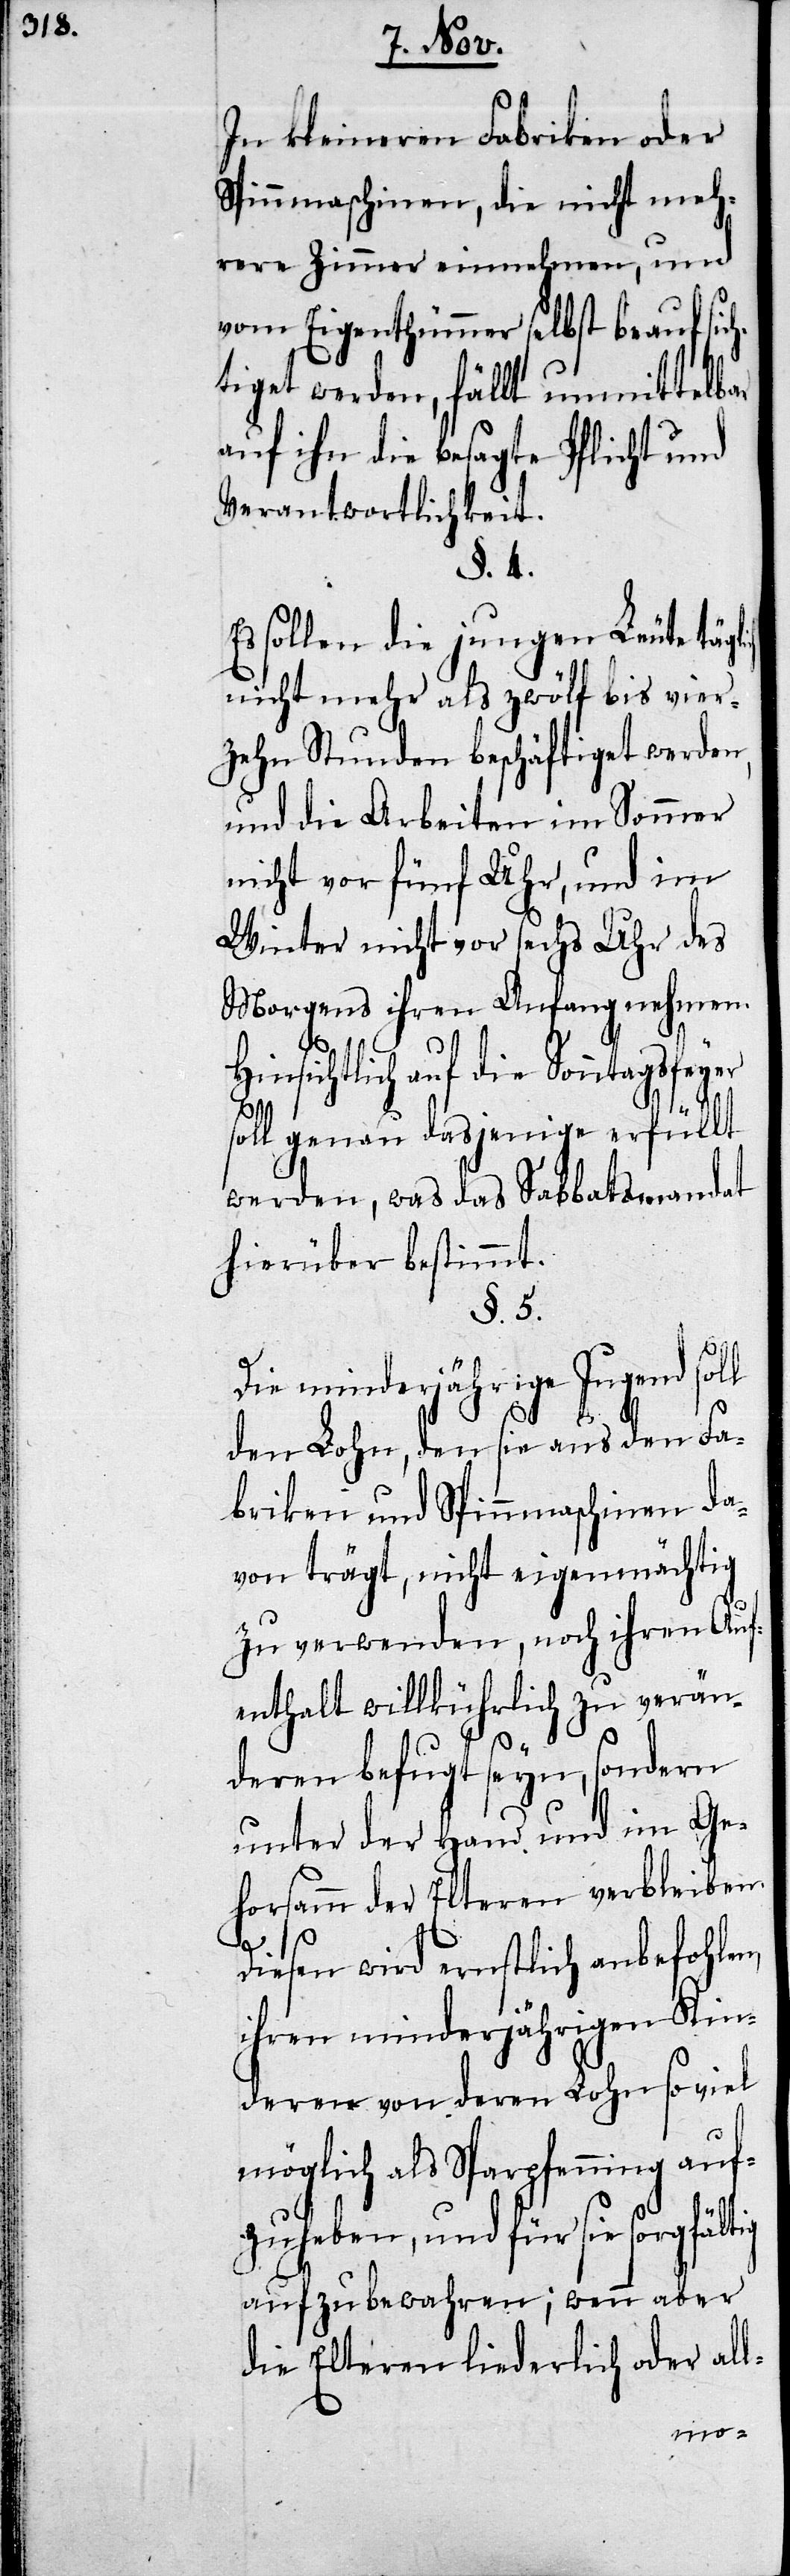
In kleineren Fabriken oder
Spinnmaschinen, die nicht meh¬
rere Zimmer einnehmen, und
vom Eigenthümmer selbst beaufsic¬
htiget werden, fällt unmittelbar
auf ihn die besagte Pflicht und
Verantwortlichkeit.
§. 4.
Es sollen die jungen Leute täg¬
nicht mehr als zwölf bis vier¬
zehn Stunden beschäftiget werden,
und die Arbeiten im Sommer
nicht vor fünf Uhr, und im
Winter nicht vor sechs Uhr des
Morgens ihren Anfang nehmen.
Hinsichtlich auf die Sonntagsfeyer
soll genau dasjenige erfüllt
werden, was das Sabbatsmandat
hierüber bestimmt.
§. 5.
Die minderjährige Jugend soll
den Lohn, den sie aus den Fa¬
briken und Spinnmaschinen da¬
von trägt, nicht eigenmächtig
zu verwenden, noch ihren Auf¬
enthalt willkührlich zu verän¬
deren befugt seyn, sondern
unter der Hand und im Ge¬
horsamm der Elteren verbleiben.
Diesen wird ernstlich anbefohlen,
ihren minderjährigen Kin¬
deren von deren Lohn so viel
möglich als Sparpfenning auf¬
zuheben, und für sie sorgfältig
aufzubewahren; wenn aber
die Elteren liederlich oder all-
lich